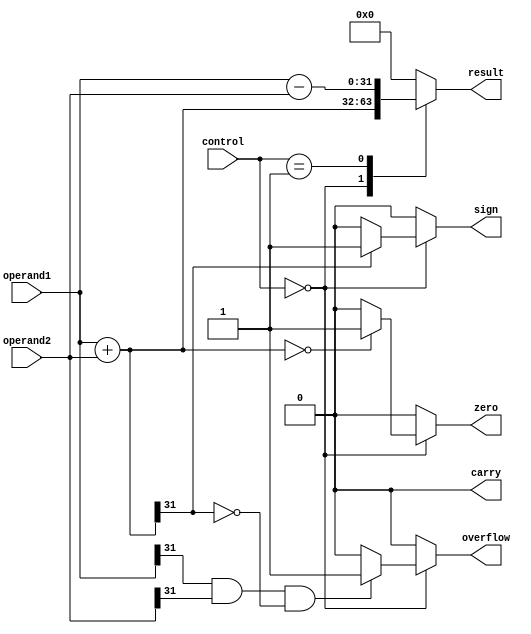
module ALU (
    input [31:0] operand1,
    input [31:0] operand2,
    input [3:0] control,
    output [31:0] result,
    output overflow,
    output carry,
    output zero,
    output sign
);

reg [31:0] result;
reg overflow, carry, zero, sign;

always @(*) begin
    overflow = 0;
    carry = 0;
    zero = 0;
    sign = 0;

    case (control)
        4'b0000: begin // Addition
            result = operand1 + operand2;
            if ((operand1[31] == 1) && (operand2[31] == 1) && (result[31] == 0)) // Detect overflow
                overflow = 1;
            if (result[31] != 0)
                sign = 1;
            if (result == 0)
                zero = 1;
        end
        4'b0001: begin // Subtraction
            result = operand1 - operand2;
            // Overflow condition detection for subtraction
            // Other flags can be set similarly
        end
        // Implement other operations like multiplication, division, bitwise logical operations, shifting operations, and rotate here
        default: begin
            result = 32'b0;
        end
    endcase
end

endmodule